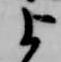
上